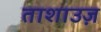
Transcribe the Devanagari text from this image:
ताशाउज़